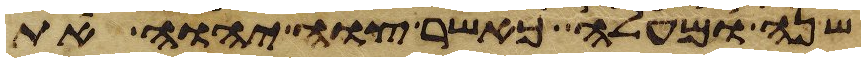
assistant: שנה ומעלה כאשר צוה יהוה את